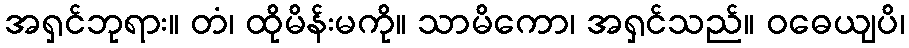
အရှင်ဘုရား။ တံ၊ ထိုမိန်းမကို။ သာမိကော၊ အရှင်သည်။ ဝဓေယျပိ၊